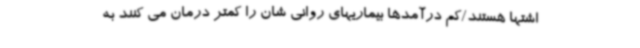
اشتها هستند/کم درآمدها بیماریهای روانی شان را کمتر درمان می کنند به